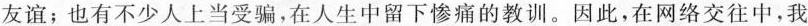
友谊；也有不少人上当受骗，在人生中留下惨痛的教训。因此，在网络交往中，我